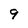
Character: 9